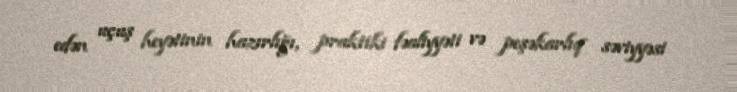
edən uçuş heyətinin hazırlığı, praktiki fəaliyyəti və peşəkarlıq səviyyəsi